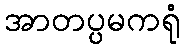
အာတပ္ပမကရုံ